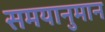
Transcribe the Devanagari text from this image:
समयानुमान